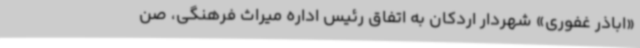
«اباذر غفوری» شهردار اردکان به‌ اتفاق رئیس اداره میراث فرهنگی، صن